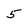
Character: 5